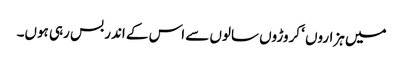
میں ہزاروں ‘ کروڑوں سالوں سے اس کے اندر بس رہی ہوں۔